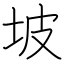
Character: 坡